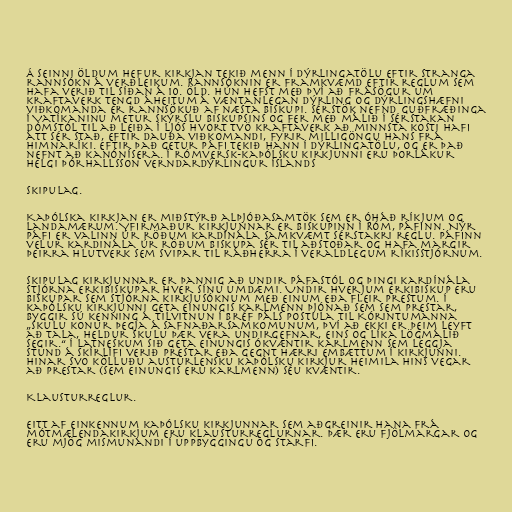
Á seinni öldum hefur kirkjan tekið menn í dýrlingatölu eftir stranga
rannsókn á verðleikum. Rannsóknin er framkvæmd eftir reglum sem
hafa verið til síðan á 10. öld. Hún hefst með því að frásögur um
kraftaverk tengd áheitum á væntanlegan dýrling og dýrlingshæfni
viðkomanda er rannsökuð af næsta biskupi. Sérstök nefnd guðfræðinga
í Vatíkaninu metur skýrslu biskupsins og fer með málið í sérstakan
dómstól til að leiða í ljós hvort tvö kraftaverk að minnsta kosti hafi
átt sér stað, eftir dauða viðkomandi, fyrir milligöngu hans frá
himnaríki. Eftir það getur páfi tekið hann í dýrlingatölu, og er það
nefnt að kanónísera. Í rómversk-kaþólsku kirkjunni eru Þorlákur
helgi Þórhallsson verndardýrlingur Íslands

Skipulag.

Kaþólska kirkjan er miðstýrð alþjóðasamtök sem er óháð ríkjum og
landamærum. Yfirmaður kirkjunnar er biskupinn í Róm, páfinn. Nýr
páfi er valinn úr röðum kardínála samkvæmt sérstakri reglu. Páfinn
velur kardinála úr röðum biskupa sér til aðstoðar og hafa margir
þeirra hlutverk sem svipar til ráðherra í veraldlegum ríkisstjórnum.

Skipulag kirkjunnar er þannig að undir páfastól og þingi kardínála
stjórna erkibiskupar hver sínu umdæmi. Undir hverjum erkibiskup eru
biskupar sem stjórna kirkjusóknum með einum eða fleir prestum. Í
kaþólsku kirkjunni geta einungis karlmenn þjónað sem sem prestar,
byggir sú kenning á tilvitnun í bréf Páls postula til Kórintumanna
„skulu konur þegja á safnaðarsamkomunum, því að ekki er þeim leyft
að tala, heldur skulu þær vera undirgefnar, eins og líka lögmálið
segir.“ Í latneskum sið geta einungis ókvæntir karlmenn sem leggja
stund á skírlífi verið prestar eða gegnt hærri embættum í kirkjunni.
Hinar svo kölluðu austurlensku kaþólsku kirkjur heimila hins vegar
að prestar (sem einungis eru karlmenn) séu kvæntir.

Klausturreglur.

Eitt af einkennum kaþólsku kirkjunnar sem aðgreinir hana frá
mótmælendakirkjum eru klausturreglurnar. Þær eru fjölmargar og
eru mjög mismunandi í uppbyggingu og starfi.